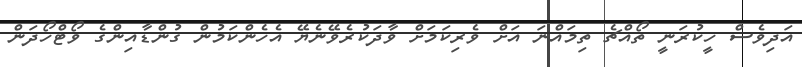
އަދިވެސް ހީކުރަނީ ތޯއްޗެ ތިމައްނަ އަށް ވެރިކަމަށް ވާދަކުރެވޭނެޔޭ އެހެންކަމުން ގުންޑާއިންގެ ވޯޓްހޯދަން